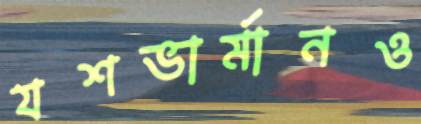
যশভার্মানও